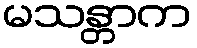
မသန္တာက